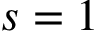
s = 1